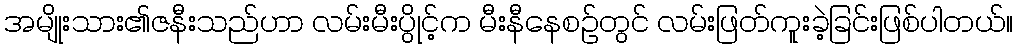
အမျိုးသား၏ဇနီးသည်ဟာ လမ်းမီးပွိုင့်က မီးနီနေစဥ်တွင် လမ်းဖြတ်ကူးခဲ့ခြင်းဖြစ်ပါတယ်။